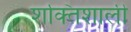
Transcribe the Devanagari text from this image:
शक्‍ितशाली